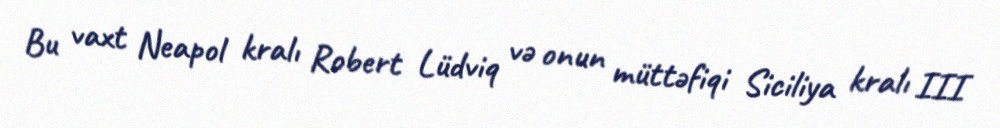
Bu vaxt Neapol kralı Robert Lüdviq və onun müttəfiqi Siciliya kralı III